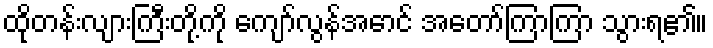
ထိုတန်းလျားကြီးတို့ကို ကျော်လွန်အောင် အတော်ကြာကြာ သွားရ၏။